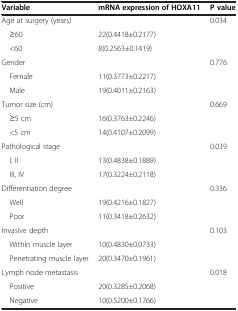
| Variable | mRNA expression of HOXA11 | P value |
 | --- | --- | --- |
 | Age at surgery (years) |  | 0.034 |
 | ≥60 | 22(0.4418±0.2177) |  |
 | <60 | 8(0.2563±0.1419) |  |
 | Gender |  | 0.776 |
 | Female | 11(0.3773±0.2217) |  |
 | Male | 19(0.4011±0.2163) |  |
 | Tumor size (cm) |  | 0.669 |
 | ≥5 cm | 16(0.3763±0.2246) |  |
 | <5 cm | 14(0.4107±0.2099) |  |
 | Pathological stage |  | 0.039 |
 | I, II | 13(0.4838±0.1889) |  |
 | III, IV | 17(0.3224±0.2118) |  |
 | Differentiation degree |  | 0.336 |
 | Well | 19(0.4216±0.1827) |  |
 | Poor | 11(0.3418±0.2632) |  |
 | Invasive depth |  | 0.103 |
 | Within muscle layer | 10(0.4830±0.0733) |  |
 | Penetrating muscle layer | 20(0.3470±0.1961) |  |
 | Lymph node metastasis |  | 0.018 |
 | Positive | 20(0.3285±0.2068) |  |
 | Negative | 10(0.5200±0.1766) |  |